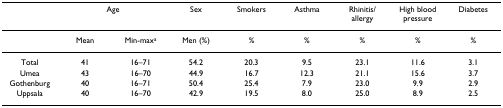
|  | <COLSPAN=2> Age | Sex | Smokers | Asthma | Rhinitis/allergy | High blood pressure | Diabetes |
 | --- | --- | --- | --- | --- | --- | --- | --- | --- |
 |  | Mean | Min-maxa | Men (%) | % | % | % | % | % |
 | Total | 41 | 16–71 | 54.2 | 20.3 | 9.5 | 23.1 | 11.6 | 3.1 |
 | Umea | 43 | 16–70 | 44.9 | 16.7 | 12.3 | 21.1 | 15.6 | 3.7 |
 | Gothenburg | 40 | 16–71 | 50.4 | 25.4 | 7.9 | 23.0 | 9.9 | 2.9 |
 | Uppsala | 40 | 16–70 | 42.9 | 19.5 | 8.0 | 25.0 | 8.9 | 2.5 |